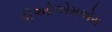
ડીઓએમએસ